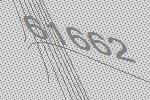
61662